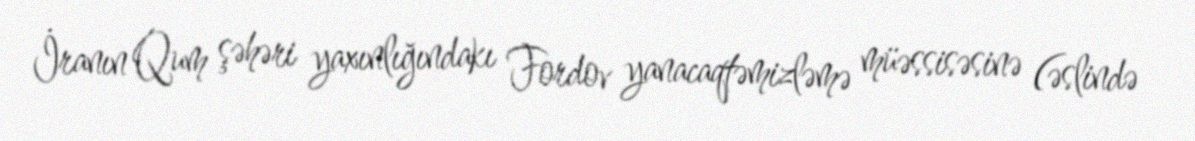
İranın Qum şəhəri yaxınlığındakı Fordov yanacaqtəmizləmə müəssisəsinə (əslində